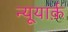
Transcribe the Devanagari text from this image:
न्यूयार्क़